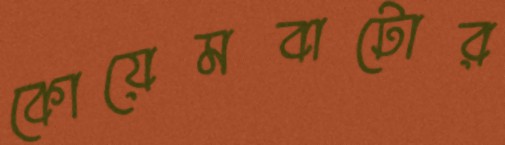
কোয়েমবাটোর